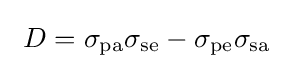
~D=\sigma _{\rm {pa}}\sigma _{\rm {se}}-\sigma _{\rm {pe}}\sigma _{\rm {sa}}~